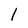
Character: 1